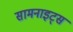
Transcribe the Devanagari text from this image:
सामनाइट्स